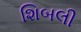
શિબલી